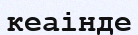
кеаінде